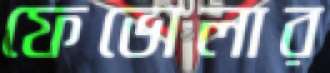
ফেভোলার